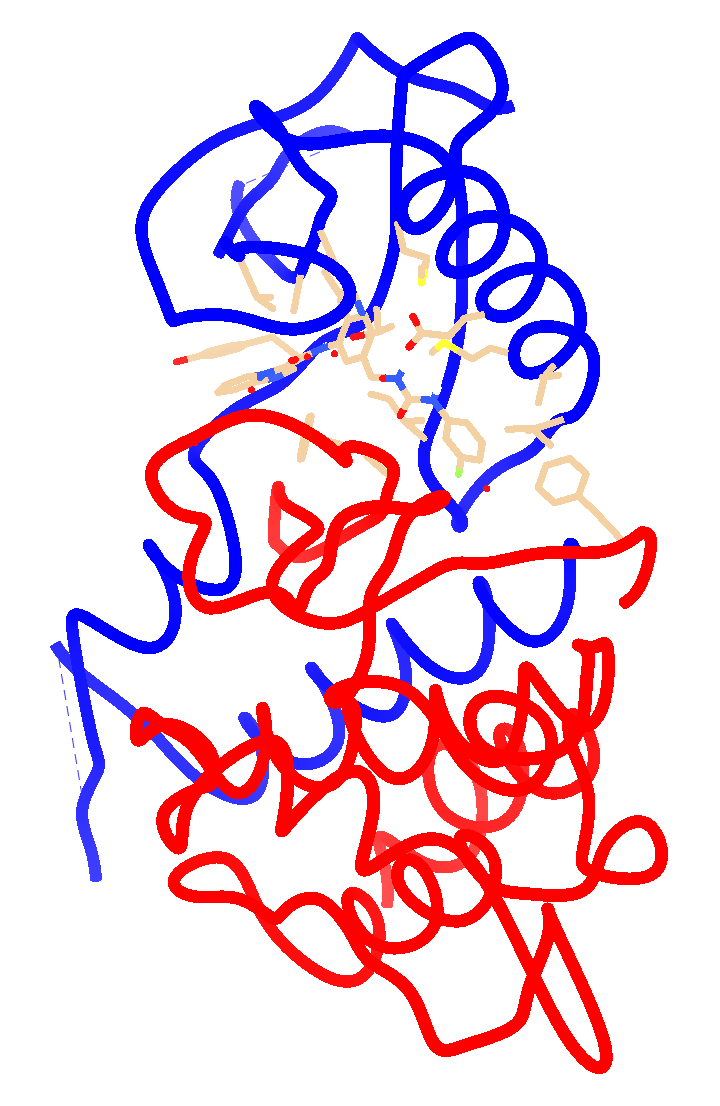
chimera, depth-cued, licorice